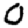
Digit: 0